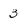
Character: 3